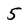
Character: 5